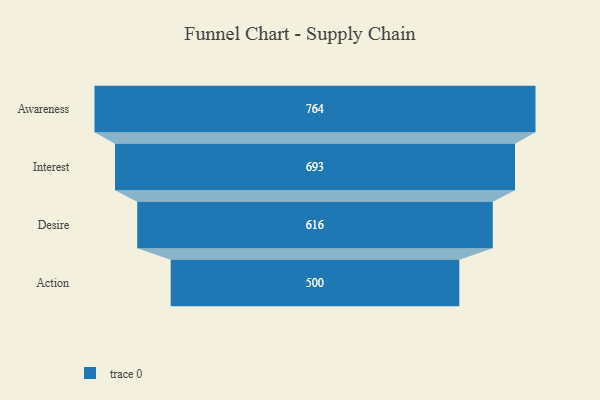
{"axis": {"x": "Stage", "y": "Value"}, "legend": [""], "data": [{"x": "Awareness", "y": 764.0, "type": ""}, {"x": "Interest", "y": 693.0, "type": ""}, {"x": "Desire", "y": 616.0, "type": ""}, {"x": "Action", "y": 500, "type": ""}]}